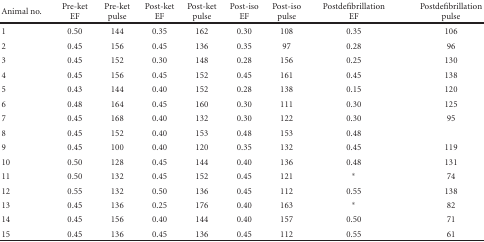
| Animal no. | Pre-ket EF | Pre-ket pulse | Post-ket EF | Post-ket pulse | Post-iso EF | Post-iso pulse | Postdefibrillation EF | Postdefibrillation pulse |
 | --- | --- | --- | --- | --- | --- | --- | --- | --- |
 | 1 | 0.50 | 144 | 0.35 | 162 | 0.30 | 108 | 0.35 | 106 |
 | 2 | 0.45 | 156 | 0.45 | 136 | 0.35 | 97 | 0.28 | 96 |
 | 3 | 0.45 | 152 | 0.30 | 148 | 0.28 | 156 | 0.25 | 130 |
 | 4 | 0.45 | 156 | 0.45 | 152 | 0.45 | 161 | 0.45 | 138 |
 | 5 | 0.43 | 144 | 0.40 | 152 | 0.28 | 138 | 0.15 | 120 |
 | 6 | 0.48 | 164 | 0.45 | 160 | 0.30 | 111 | 0.30 | 125 |
 | 7 | 0.45 | 168 | 0.40 | 132 | 0.30 | 122 | 0.30 | 95 |
 | 8 | 0.45 | 152 | 0.40 | 153 | 0.48 | 153 | 0.48 |  |
 | 9 | 0.45 | 100 | 0.40 | 120 | 0.35 | 132 | 0.45 | 119 |
 | 10 | 0.50 | 128 | 0.45 | 144 | 0.40 | 136 | 0.48 | 131 |
 | 11 | 0.50 | 132 | 0.45 | 152 | 0.45 | 121 | * | 74 |
 | 12 | 0.55 | 132 | 0.50 | 136 | 0.45 | 112 | 0.55 | 138 |
 | 13 | 0.45 | 136 | 0.25 | 176 | 0.40 | 163 | * | 82 |
 | 14 | 0.45 | 156 | 0.40 | 144 | 0.40 | 157 | 0.50 | 71 |
 | 15 | 0.45 | 136 | 0.45 | 136 | 0.45 | 112 | 0.55 | 61 |